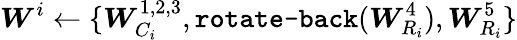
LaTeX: \boldsymbol{W}^{i}\leftarrow\{ \boldsymbol{W}_{C_{i}}^{1,2,3},\texttt{rotate-back}(\boldsymbol{W}_{R_{i}}^{4}),\boldsymbol{W}_{R_{i}}^{5}\}